Sanitation, dispensaries and jails vaccination Rajputana 1922-1927 - 1922-1927
Year: 1922
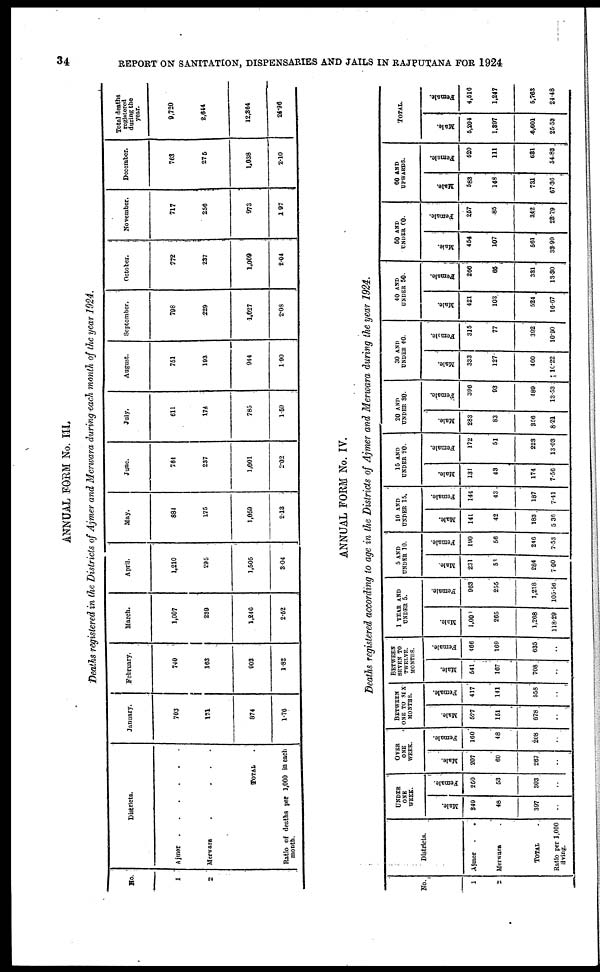
34
REPORT ON SANITATION, DISPENSARIES AND JAILS IN RAJPUTANA FOR 1924
ANNUAL FORM No. III.
Deaths registered in the Districts of Ajmer and Merwara during each month of the year 1924.
No.
1
2
3
4
Districts.
Ajmer
.
.
.
.
.
.
Merwara
.
.
.
.
TOTAL .
Ratio of deaths per 1,000 in each
month.
January.
703
171
874
1.76
February.
740
163
903
1.82
March.
1,007
239
1,246
2.52
April.
1,210
295
1,505
3.04
May.
884
175
1,059
2.13
June.
764
237
1,001
2.02
July.
611
174
785
1.59
August.
751
193
944
1.90
September.
798
229
1,027
2.08
October.
772
237
1,009
2.04
November.
717
256
973
1.97
December.
763
275
1,038
2.10
Total deaths
registered
during the
year.
9,720
2,644
12,364
24.96
ANNUAL FORM No. IV.
Deaths registered according to age in the Districts of Ajmer and Merwara during the year 1924.
No.
1
2
Districts.
Ajmer.
.
Merwara .
TOTAL.
Ratio per 1,000
living.
UNDER
ONE
WEEK.
Male.
349
48
397
..
Female.
250
53
303
..
OVER
ONE
WEEK.
Male.
207
60
267
..
Female.
160
48
208
..
BETWEEN
ONE TO SIX
MONTHS.
Male.
527
151
678
..
Female.
417
141
558
..
BETWEEN
SEVEN TO
TWELVE
MONTHS.
Male.
541
167
708
..
Female.
466
169
635
..
1 YEAR AND
UNDER 5.
Male.
1,000
265
1,268
118.29
Female.
963
255
1,218
105.56
5 AND
UNDER 10.
Male.
231
53
284
7.90
Female.
190
56
246
7.53
10 AND
UNDER 15.
Male.
141
42
183
5 36
Female.
144
43
187
7.41
15 AND
UNDER 20.
Male.
131
43
174
7.56
Female.
172
51
223
13.03
20 AND
UNDER 30.
Male.
283
83
366
8.21
Female.
396
93
489
13.53
30 AND
UNDER 40.
Male.
333
127
460
10.22
Female.
315
77
392
10.90
40 AND
UNDER 50.
Male.
421
103
524
16.67
Female.
266
65
331
13.30
50 AND
UNDER 60.
Male.
454
107
561
33.99
Female.
257
85
342
28.79
60 AND
UPWARDS.
Male.
583
148
731
67.36
Female.
520
111
631
54.83
TOTAL.
Male.
5,204
1,397
6,601
25.53
Female.
4,516
1,247
5,763
24.48